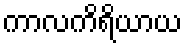
ကာလကိရိယာယ